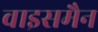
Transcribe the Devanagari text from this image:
वाइसमैन